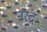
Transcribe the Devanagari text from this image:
नरंद्र